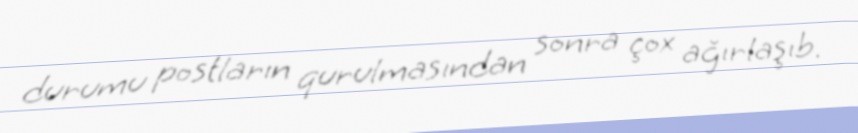
durumu postların qurulmasından sonra çox ağırlaşıb.